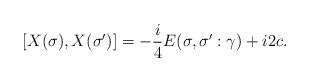
LaTeX: \begin{align*} [X(\sigma),X(\sigma')]=-\frac{i}{4}E(\sigma,\sigma':\gamma)+i2c.\end{align*}